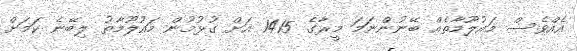
އެއްވެސް މައުލޫމާތެއް ބޭނުންނަމަ މީރާގެ 1415 އަށް ގުޅުމުން މައުލޫމާތު ލިބޭނެ ކަމަށް